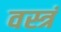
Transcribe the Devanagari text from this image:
वस्त्रं